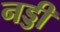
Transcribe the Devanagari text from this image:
नड्डी